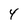
Character: 4